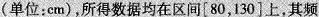
(单位：cm)，所得数据均在区间[80，130]上，其频